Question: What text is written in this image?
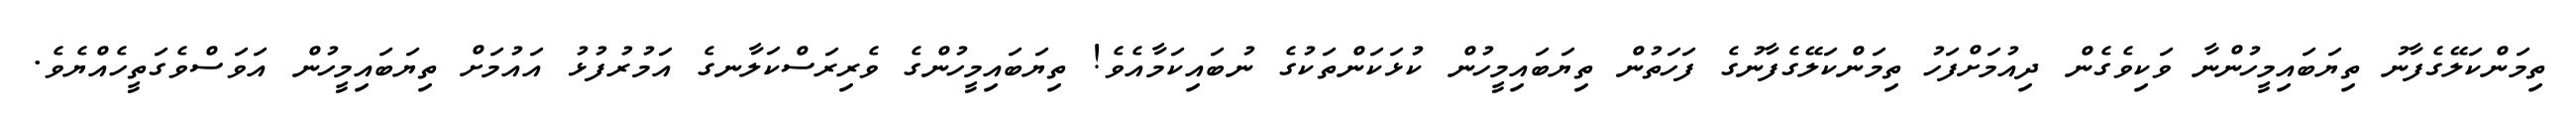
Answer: ތިމަންކަލޭގެފާނު ތިޔަބައިމީހުންނާ ވަކިވެގެން ދިއުމަށްފަހު ތިމަންކަލޭގެފާނުގެ ފަހަތުން ތިޔަބައިމީހުން ކުޅަކަންތަކުގެ ނުބައިކަމާއެވެ! ތިޔަބައިމީހުންގެ ވެރިރަސްކަލާނގެ އަމުރުފުޅު އައުމަށް ތިޔަބައިމީހުން އަވަސްވެގަތީހެއްޔެވެ.